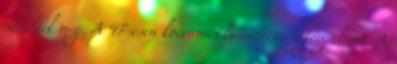
sérültek meg. A 47-esen koccanás lassította a forgalmat. A